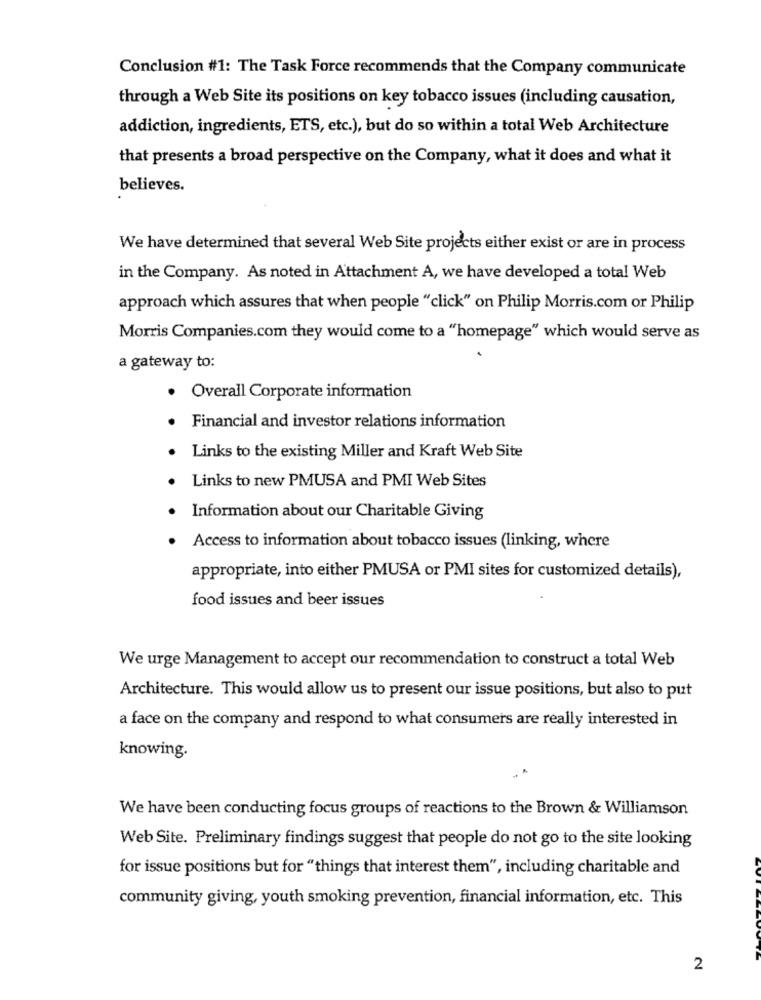
Conclusion #1: The Task Force recommends that the Company communicate
through a Web Site its positions on key tobacco issues (including causation,
addiction, ingredients, ETS, etc.), but do so within a total Web Architecture
that presents a broad perspective on the Company, what it does and what it
believes.
We have determined that several Web Site projects either exist or are in process
in the Company. As noted in Attachment A, we have developed a total Web
approach which assures that when people "click" on Philip Morris.com or Philip
Morris Companies.com they would come to a "homepage" which would serve as
a gateway to:
· Overall Corporate information
Financial and investor relations information
Links to the existing Miller and Kraft Web Site
Links to new PMUSA and PMI Web Sites
Information about our Charitable Giving
. Access to information about tobacco issues (linking, where
appropriate, into either PMUSA or PMI sites for customized details),
food issues and beer issues
We urge Management to accept our recommendation to construct a total Web
Architecture. This would allow us to present our issue positions, but also to put
a face on the company and respond to what consumers are really interested in
knowing.
We have been conducting focus groups of reactions to the Brown & Williamson
Web Site. Preliminary findings suggest that people do not go to the site looking
for issue positions but for "things that interest them", including charitable and
community giving, youth smoking prevention, financial information, etc. This
2